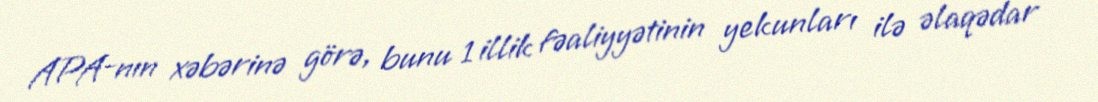
APA-nın xəbərinə görə, bunu 1 illik fəaliyyətinin yekunları ilə əlaqədar